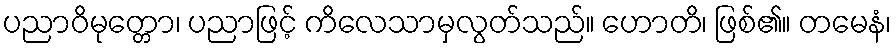
ပညာဝိမုတ္တော၊ ပညာဖြင့် ကိလေသာမှလွတ်သည်။ ဟောတိ၊ ဖြစ်၏။ တမေနံ၊